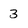
Character: 3